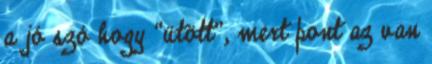
a jó szó hogy “ütött”, mert pont az van